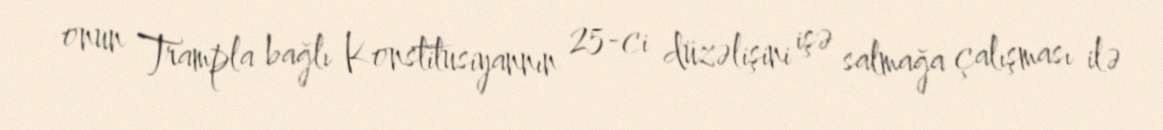
onun Trampla bağlı Konstitusiyannın 25-ci düzəlişini işə salmağa çalışması ilə